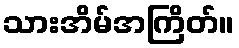
သားအိမ်အကြိတ်။